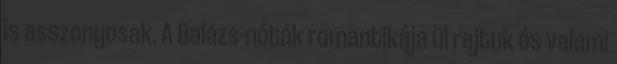
is asszonyosak. A Balázs-nóták romantikája ül rajtuk és valami